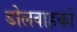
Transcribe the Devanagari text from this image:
डोलवाहकों